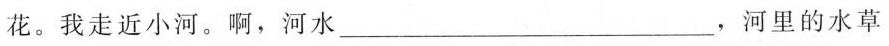
花。我走近小河。啊，河水___，河里的水草